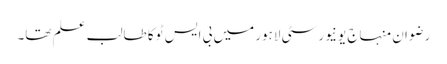
رضوان منہاج یونیورسٹی لاہور میں بی ایس ٹو کا طالب علم تھا۔